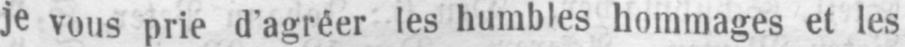
je vous prie d’agréer les humbles hommages et les